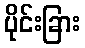
ပိုင်းခြား